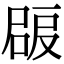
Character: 𡲠